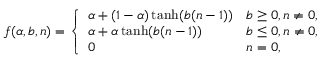
f ( \alpha , b , n ) = \left\{ \begin{array} { l l } { \alpha + ( 1 - \alpha ) \operatorname { t a n h } ( b ( n - 1 ) ) } & { b \geq 0 , n \neq 0 , } \\ { \alpha + \alpha \operatorname { t a n h } ( b ( n - 1 ) ) } & { b \leq 0 , n \neq 0 , } \\ { 0 } & { n = 0 , } \end{array} \right.